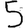
Digit: 5